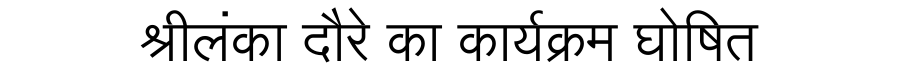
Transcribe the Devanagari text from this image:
श्रीलंका दौरे का कार्यक्रम घोषित